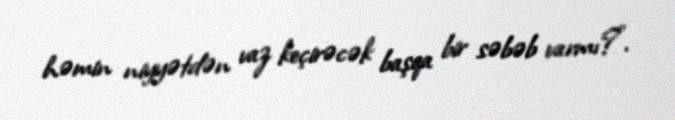
həmin niyyətdən vaz keçirəcək başqa bir səbəb varmı?”.